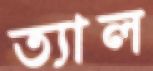
ত্যাল